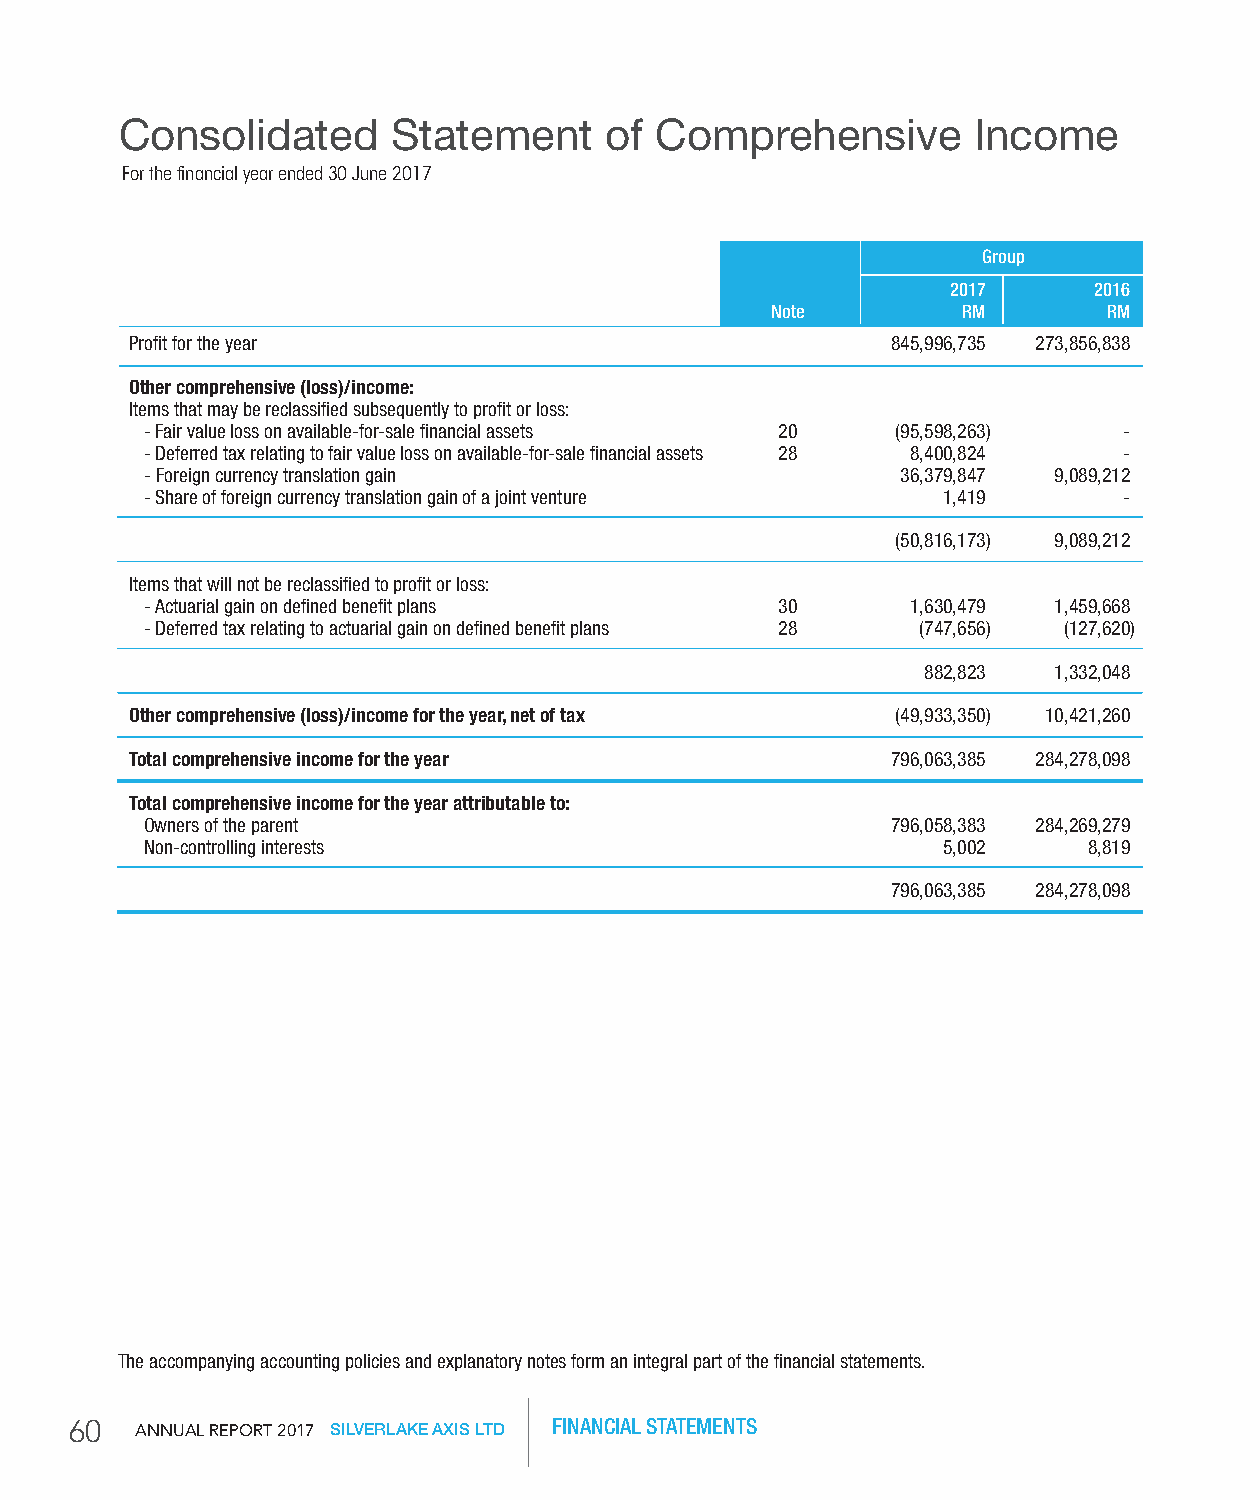
Consolidated      Statement     of Comprehensive        Income
 For the financial year ended 30 June 2017
 group
 2017     2016
 Note         rM       rM
 Profit for the year                               845,996,735 273,856,838
 other comprehensive (loss)/income:
 Items that may be reclassified subsequently to profit or loss:
 - Fair value loss on available-for-sale financial assets 20 (95,598,263) -
 - Deferred tax relating to fair value loss on available-for-sale financial assets 28 8,400,824 -
 - Foreign currency translation gain               36,379,847 9,089,212
 - Share of foreign currency translation gain of a joint venture 1,419 -
 (50,816,173) 9,089,212
 Items that will not be reclassified to profit or loss:
 - Actuarial gain on defined benefit plans 30      1,630,479 1,459,668
 - Deferred tax relating to actuarial gain on defined benefit plans 28 (747,656) (127,620)
 882,823  1,332,048
 other comprehensive (loss)/income for the year, net of tax (49,933,350) 10,421,260
 total comprehensive income for the year           796,063,385 284,278,098
 total comprehensive income for the year attributable to:
 Owners of the parent                             796,058,383 284,269,279
 Non-controlling interests                           5,002     8,819
 796,063,385 284,278,098
 The accompanying accounting policies and explanatory notes form an integral part of the financial statements.
 60  AnnuAl RepoRt 2017 SILVERLAKE AXIS LTD FINANCIAL STATEMENTS